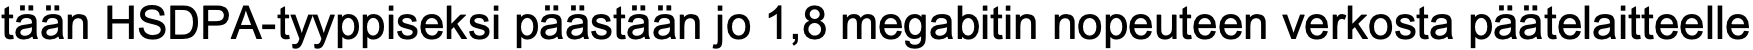
tään HSDPA-tyyppiseksi päästään jo 1,8 megabitin nopeuteen verkosta päätelaitteelle